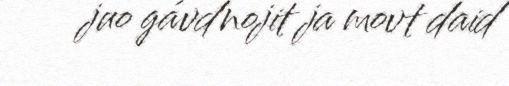
juo gávdnojit ja movt daid